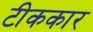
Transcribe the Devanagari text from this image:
टीककार